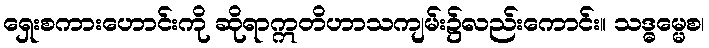
ရှေးစကားဟောင်းကို ဆိုရာဣတိဟာသကျမ်း၌လည်းကောင်း။ သဒ္ဓမ္မေစ၊